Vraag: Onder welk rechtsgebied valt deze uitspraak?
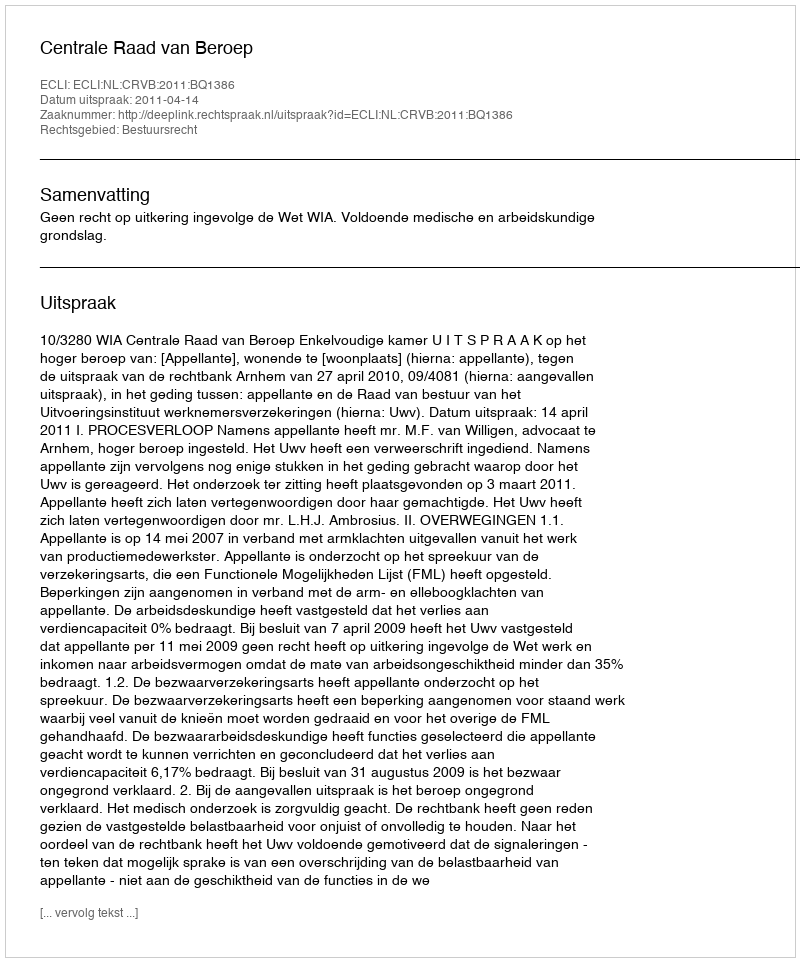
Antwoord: Bestuursrecht